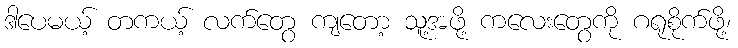
ဒါပေမယ့် တကယ့် လက်တွေ ကျတော့ သူ့အဖို့ ကလေးတွေကို ဂရုစိုက်ဖို့၊